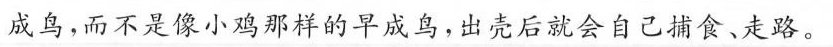
成鸟，而不是像小鸡那样的早成鸟，出壳后就会自己捕食、走路。